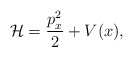
\begin{align*}\mathcal{H} = \frac{p_{x}^{2}}{2} + V(x),\end{align*}